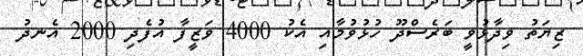
ޒިޔަތު ވިދާޅުވީ ބަރެސްދޫ ހުޅުވުމާއި އެކު 4000 ވަޒީފާ އުފެދި 2000 އެނދު